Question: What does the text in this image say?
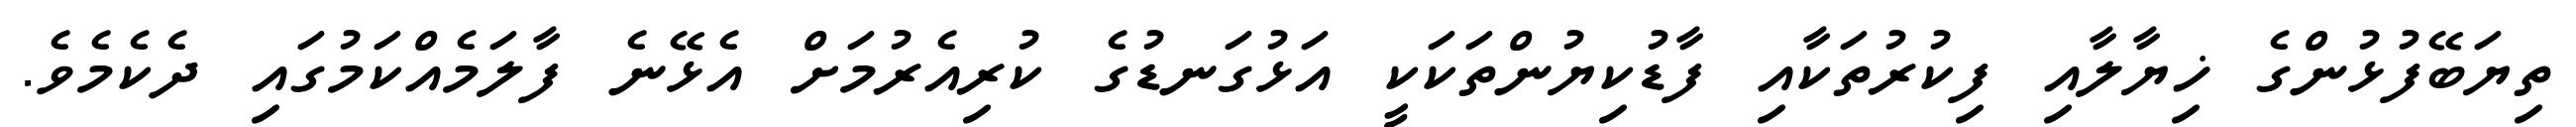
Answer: ތިޔަބޭފުޅުންގެ ޚިޔާލާއި ފިކުރުތަކާއި ފާޑުކިޔުންތަކަކީ އަޅުގަނޑުގެ ކުރިއެރުމަށް އެޅޭނެ ފާލަމެއްކަމުގައި ދެކެމެވެ.